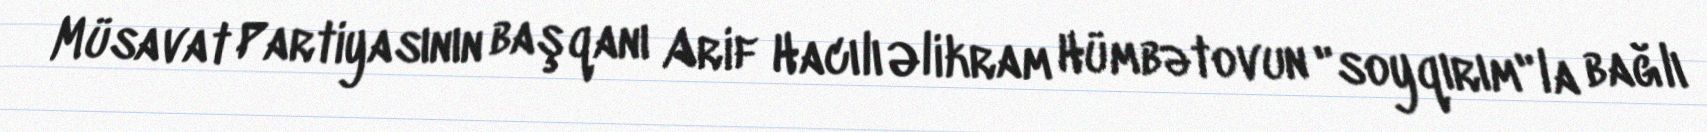
Müsavat Partiyasının başqanı Arif Hacılı Əlikram Hümbətovun "soyqırım"la bağlı